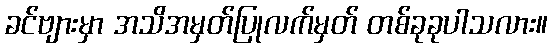
ခင်ဗျားမှာ အသိအမှတ်ပြုလက်မှတ် တစ်ခုခုပါသလား။